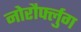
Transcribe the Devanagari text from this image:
नोरौर्फ्लुग